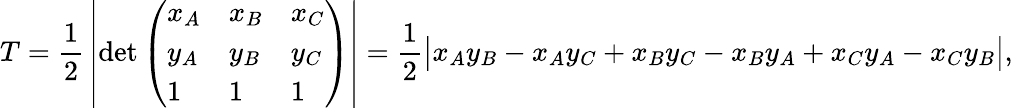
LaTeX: T={\frac{1}{2}}\left|\operatorname*{det}{\left(\begin{array}{lll}{x_{A}}&{x_{B}}&{x_{C}}\\ {y_{A}}&{y_{B}}&{y_{C}}\\ {1}&{1}&{1}\end{array}\right)}\right|={\frac{1}{2}}{\big|}x_{A}y_{B}-x_{A}y_{C}+x_{B}y_{C}-x_{B}y_{A}+x_{C}y_{A}-x_{C}y_{B}{\big|},